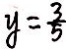
y = \frac { 3 } { 5 }